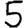
Digit: 5